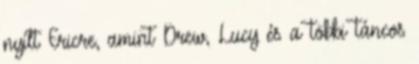
nyílt Ericre, amint Drew, Lucy és a többi táncos